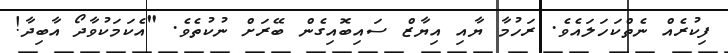
ފިކުރެއް ނެތްކަހަލައެވެ. ރަހުމާ ޔާއި އިޔާޒް ސައިބޮއިގެން ބޭރަށް ނުކުތެވެ. "އެކަމަކުވާދޯ އާބިދާ!